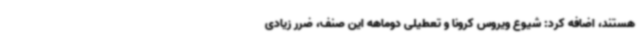
هستند، اضافه کرد: شیوع ویروس کرونا و تعطیلی دوماهه این صنف، ضرر زیادی